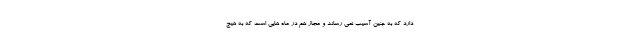
دارد که به جنین آسیب نمی رساند و مجاز هم در ماه هایی است که به هیچ